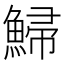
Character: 鯞